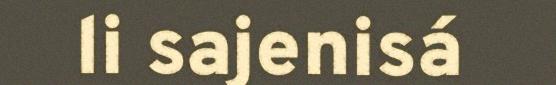
li sajenisá